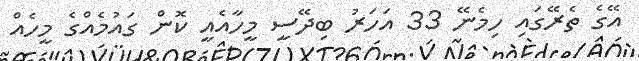
އޭގެ ތެރޭގައި ހިމެނޭ 33 އަހަރު ބިދޭސީ މީހާއެއީ ކޮން ގައުމެއްގެ މީހެއް